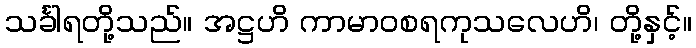
သင်္ခါရတို့သည်။ အဋ္ဌဟိ ကာမာဝစရကုသလေဟိ၊ တို့နှင့်။